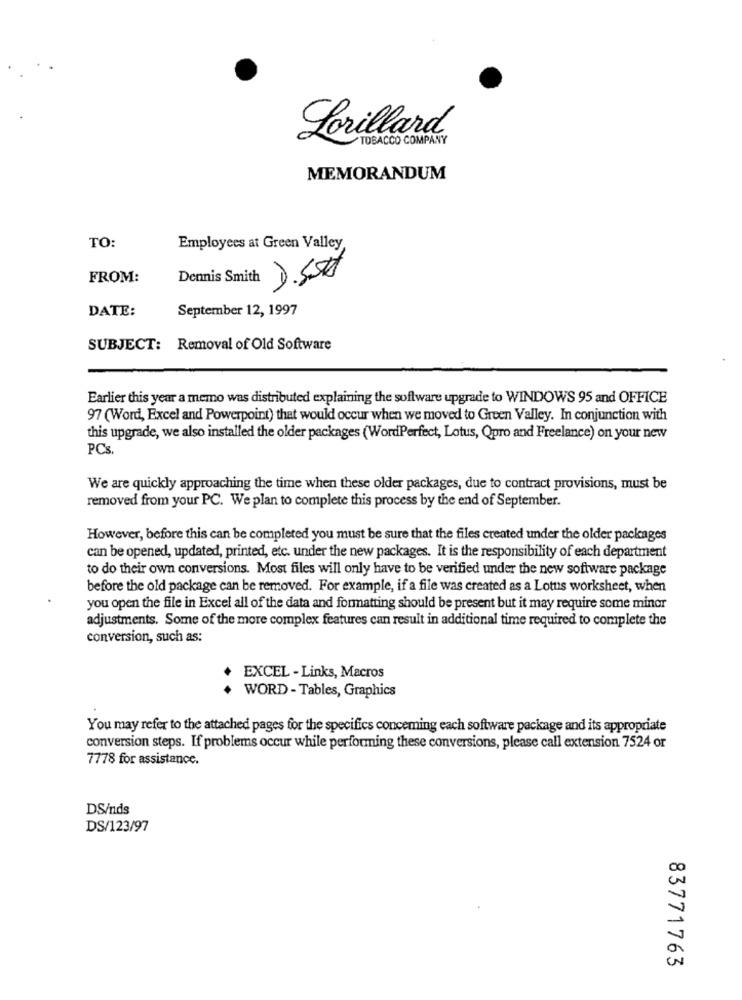
Lorillard
TOBACCO COMPANY
MEMORANDUM
TO:
Employees at Green Valley,
FROM:
Dennis Smith
D.S#
DATE:
September 12, 1997
SUBJECT: Removal of Old Software
Earlier this year a memo was distributed explaining the software upgrade to WINDOWS 95 and OFFICE
97 (Word, Excel and Powerpoint) that would occur when we moved to Green Valley. In conjunction with
this upgrade, we also installed the older packages (WordPerfect, Lotus, Qpro and Freelance) on your new
PCs.
We are quickly approaching the time when these older packages, due to contract provisions, must be
removed from your PC. We plan to complete this process by the end of September.
However, before this can be completed you must be sure that the files created under the older packages
can be opened, updated, printed, etc. under the new packages. It is the responsibility of each department
to do their own conversions. Most files will only have to be verified under the new software package
before the old package can be removed. For example, if a file was created as a Lotus worksheet, when
you open the file in Excel all of the data and formatting should be present but it may require some minor
adjustments. Some of the more complex features can result in additional time required to complete the
conversion, such as:
EXCEL - Links, Macros
WORD - Tables, Graphics
You may refer to the attached pages for the specifics conceming each software package and its appropriate
conversion steps. If problems occur while performing these conversions, please call extension 7524 or
7778 for assistance.
DS/nds
DS/123/97
83771763